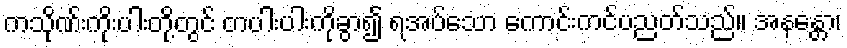
ကသိုဏ်းကိုးပါးတို့တွင် တပါးပါးကိုခွာ၍ ရအပ်သော ကောင်းကင်ပညတ်သည်။ အနန္တော၊